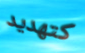
كتهديد